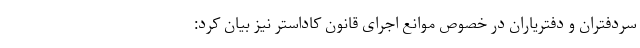
سردفتران و دفتریاران در خصوص موانع اجرای قانون کاداستر نیز بیان کرد: